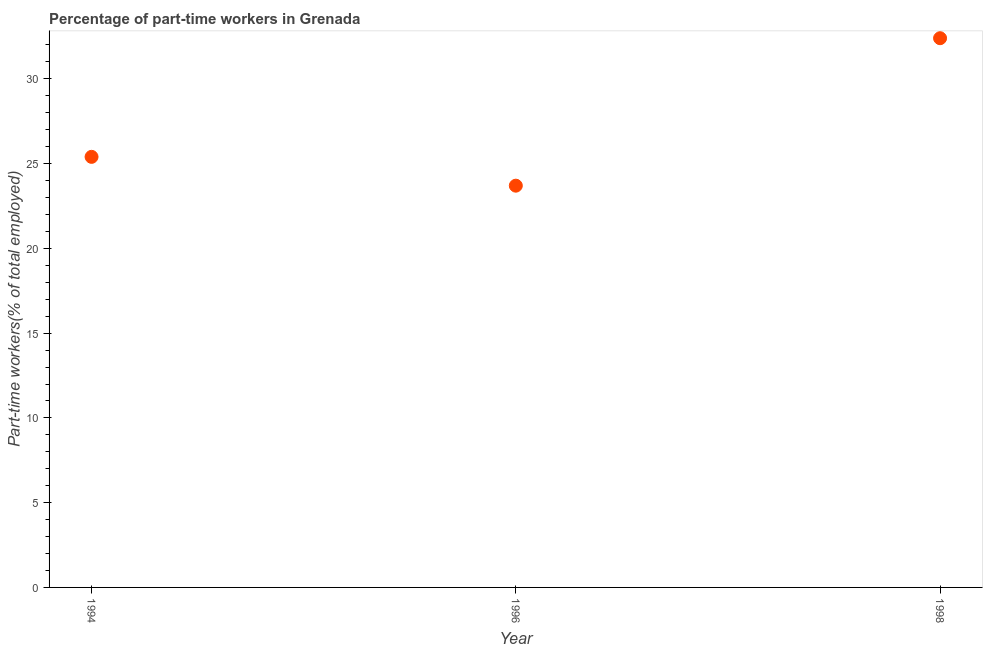
| Year | Part time employment |
 | --- | --- |
 | 1994 | 25.4 |
 | 1996 | 23.7 |
 | 1998 | 32.4 |